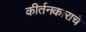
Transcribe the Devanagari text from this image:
कीर्तनकाराचे